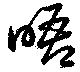
晤